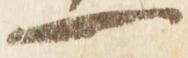
一